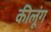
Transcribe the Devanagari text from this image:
कीलूंग